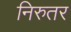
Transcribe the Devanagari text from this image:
निरुतर